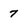
Character: 7